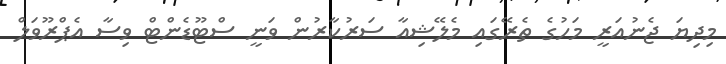
މިދިޔަ ޖެނުއަރީ މަހުގެ ތެރޭގައި މެލޭޝިއާ ސަރުކާރުން ވަަނީ ސްޓޫޑެންޓް ވިސާ އެޕްރޫވަލް